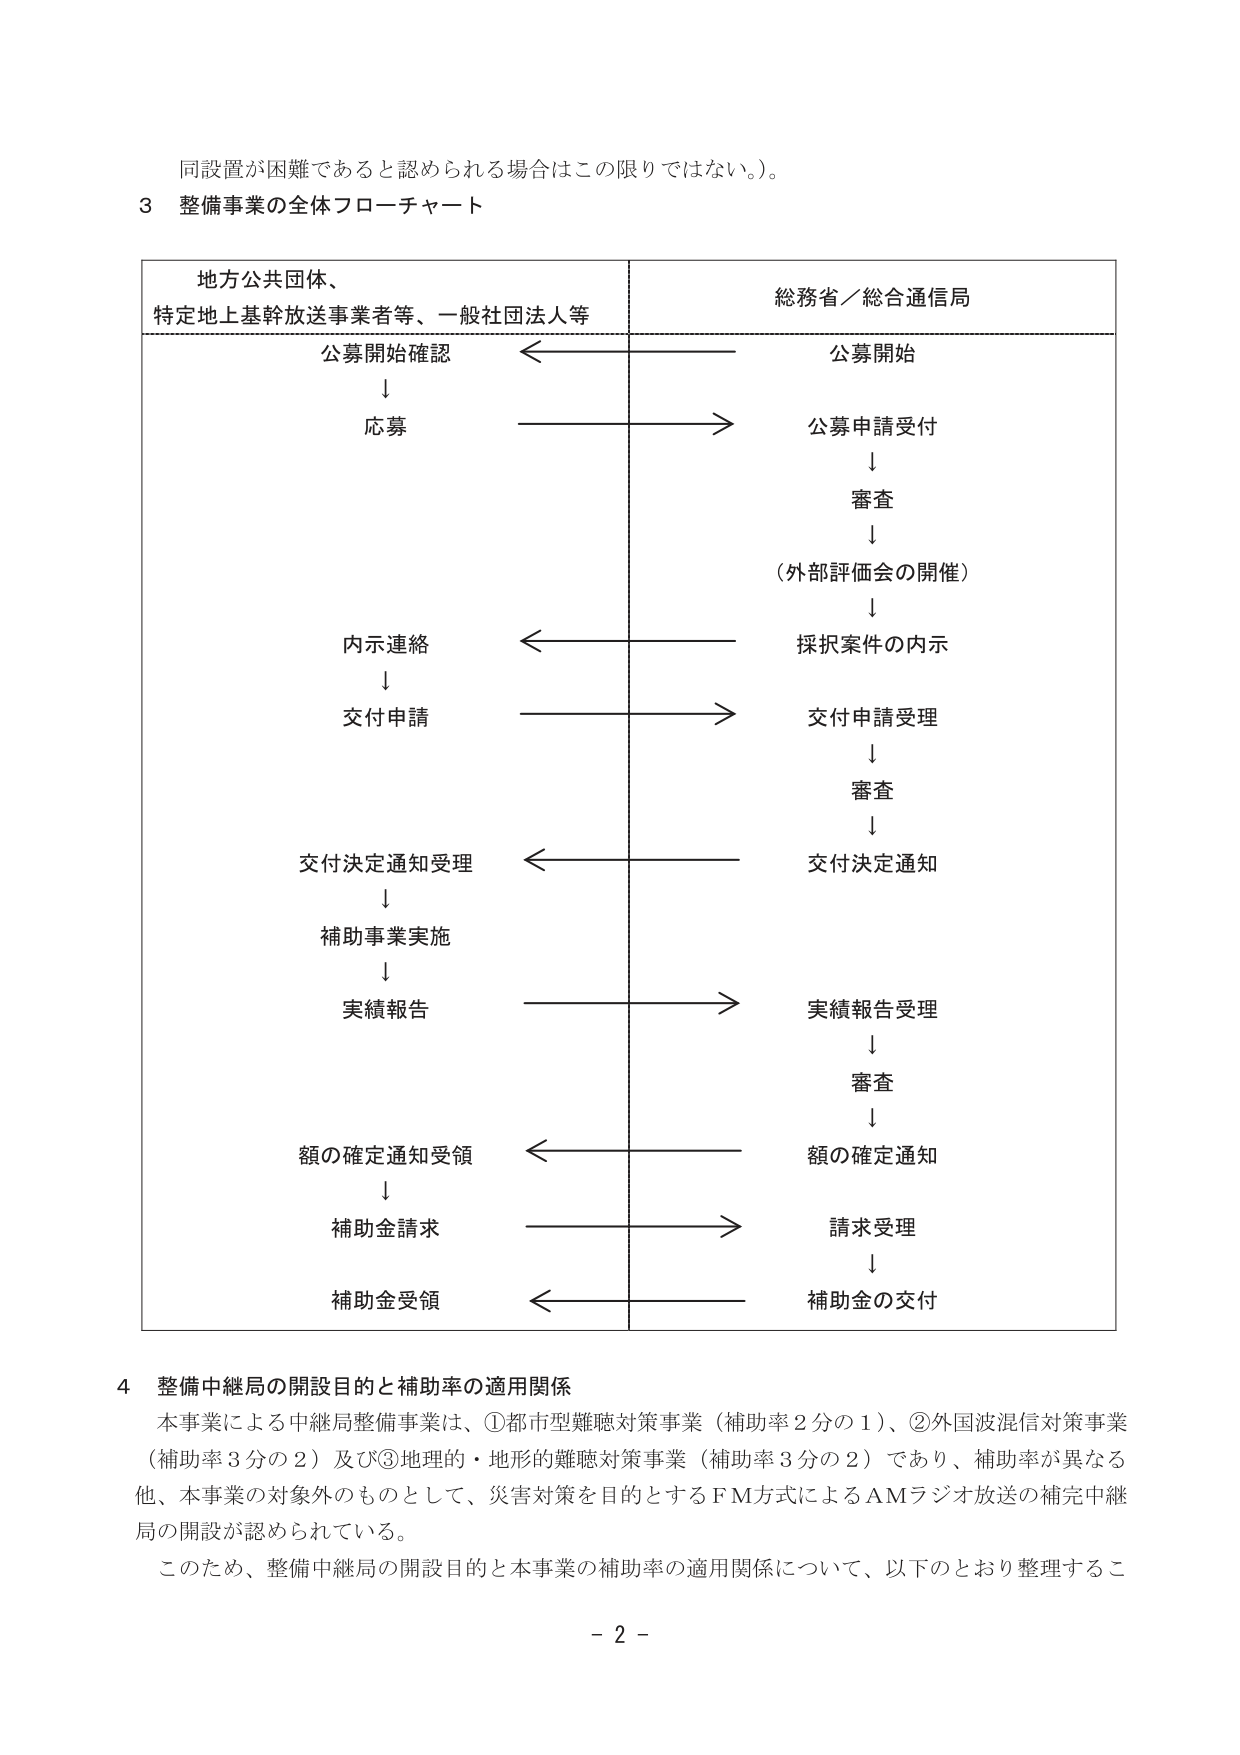
同設置が困難であると認められる場合はこの限りではない。）。

３ 整備事業の全体フローチャート

地方公共団体、
特定地上基幹放送事業者等、一般社団法人等

総務省／総合通信局

公募開始確認
↓
応募

←───────────────→
公募開始
↓
公募申請受付
↓
審査
↓
（外部評価会の開催）
↓
採択案件の内示

←───────────────→
内示連絡
↓
交付申請

←───────────────→
交付申請受理
↓
審査
↓
交付決定通知

←───────────────→
交付決定通知受理
↓
補助事業実施
↓
実績報告

←───────────────→
実績報告受理
↓
審査
↓
額の確定通知

←───────────────→
額の確定通知受領
↓
補助金請求

←───────────────→
請求受理
↓
補助金の交付

←───────────────→
補助金受領

４ 整備中継局の開設目的と補助率の適用関係

本事業による中継局整備事業は、①都市型難聴対策事業（補助率２分の１）、②外国波混信対策事業（補助率３分の２）及び③地理的・地形的難聴対策事業（補助率３分の２）であり、補助率が異なる他、本事業の対象外のものとして、災害対策を目的とするＦＭ方式によるＡＭラジオ放送の補完中継局の開設が認められている。

このため、整備中継局の開設目的と本事業の補助率の適用関係について、以下のとおり整理するこ

－２－